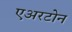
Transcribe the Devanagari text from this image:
एअरटोन